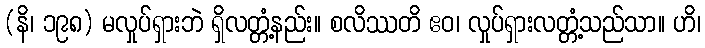
(နိ၊ ၁၉၈) မလှုပ်ရှားဘဲ ရှိလတ္တံ့နည်း။ စလိဿတိ ဧဝ၊ လှုပ်ရှားလတ္တံ့သည်သာ။ ဟိ၊